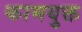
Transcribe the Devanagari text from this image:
कामयुक्त